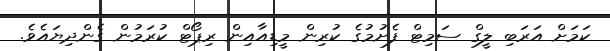
ކަމަށް އަރަބި ލީގް ސަމިޓް ފެށުމުގެ ކުރިން މީޑިއާއިން ރިޕޯޓް ކުރަމުން ގެންދިޔައެވެ.